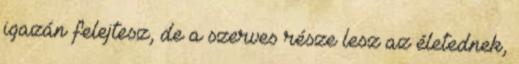
igazán felejtesz, de a szerves része lesz az életednek,